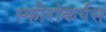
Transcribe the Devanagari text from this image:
स्फीरोकर्पस